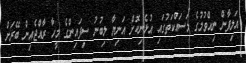
އަލިފާން ނިއްވުމުގެ މަސައްކަތުގައި އުޅެނިކޮށް އަނިޔާ ލިބުނު ސިފައިންގެ މީހާ ރާއްޖެއިން ބޭރަށް